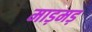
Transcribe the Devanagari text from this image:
माड़मड़